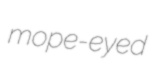
mope-eyed